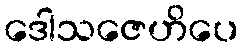
ဒေါသဇေဟိပေ